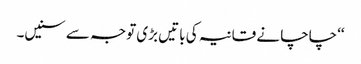
‘‘چاچا نے قانیہ کی باتیں بڑی توجہ سے سنیں۔